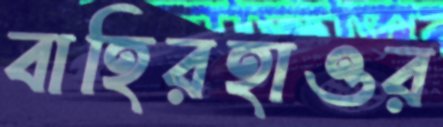
বাহিরহাওর